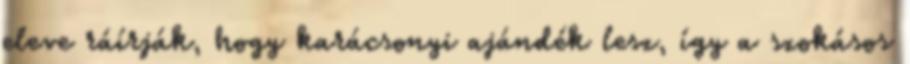
eleve ráírják, hogy karácsonyi ajándék lesz, így a szokásos